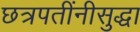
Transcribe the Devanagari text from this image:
छत्रपतींनीसुद्धा